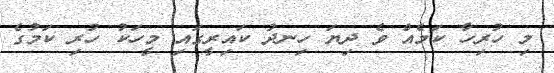
މި ހުރިހާ ކަމެއް ވެ ދިޔަ ހިނދު ކައިރީގައި މީހަކު ހުރި ކަމުގެ